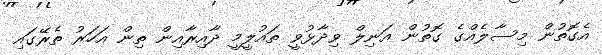
އެގޮތުން މިސާލެއްގެ ގޮތުން އަނިލް ވިދާޅުވީ ތައުލީމީ ދާއިރާއިން ތިން އަހަރު ތެރޭގައި